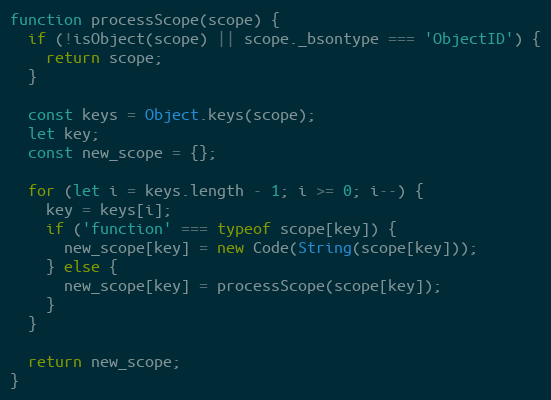
Language: JavaScript
function processScope(scope) {
  if (!isObject(scope) || scope._bsontype === 'ObjectID') {
    return scope;
  }

  const keys = Object.keys(scope);
  let key;
  const new_scope = {};

  for (let i = keys.length - 1; i >= 0; i--) {
    key = keys[i];
    if ('function' === typeof scope[key]) {
      new_scope[key] = new Code(String(scope[key]));
    } else {
      new_scope[key] = processScope(scope[key]);
    }
  }

  return new_scope;
}